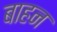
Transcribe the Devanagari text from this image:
बाहन